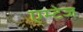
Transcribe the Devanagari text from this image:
एम्टेज